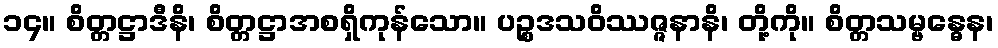
၁၄။ စိတ္တဋ္ဌာဒီနိ၊ စိတ္တဋ္ဌာအစရှိကုန်သော။ ပဉ္စဒသဝိဿဇ္ဇနာနိ၊ တို့ကို။ စိတ္တသမ္ဗန္ဓေန၊